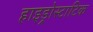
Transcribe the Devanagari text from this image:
हाइड्रोस्टाटिक